Leaving Certificate Examination (including Day School Certificate (Higher) General paper), 1931
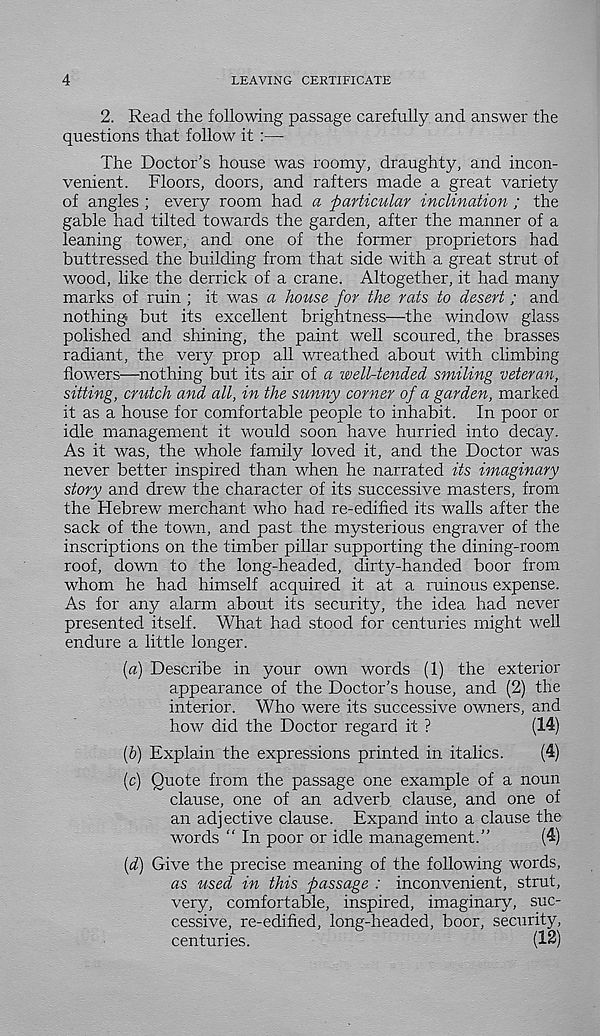
4
LEAVING CERTIFICATE
2. Read the following passage carefully and answer the
questions that follow it :—
The Doctor’s house was roomy, draughty, and incon-
venient. Floors, doors, and rafters made a great variety
of angles ; every room had a particular inclination ; the
gable had tilted towards the garden, after the manner of a
leaning tower, and one of the former proprietors had
buttressed the building from that side with a great strut of
wood, like the derrick of a crane. Altogether, it had many
marks of ruin ; it was a house for the rats to desert; and
nothing but its excellent brightness—the window glass
polished and shining, the paint well scoured, the brasses
radiant, the very prop all wreathed about with climbing
flowers—nothing but its air of a well-tended smiling veteran,
sitting, crutch and all, in the sunny corner of a garden, marked
it as a house for comfortable people to inhabit. In poor or
idle management it would soon have hurried into decay.
As it was, the whole family loved it, and the Doctor was
never better inspired than when he narrated its imaginary
story and drew the character of its successive masters, from
the Hebrew merchant who had re-edified its walls after the
sack of the town, and past the mysterious engraver of the
inscriptions on the timber pillar supporting the dining-room
roof, down to the long-headed, dirty-handed boor from
whom he had himself acquired it at a ruinous expense.
As for any alarm about its security, the idea had never
presented itself. What had stood for centuries might well
endure a little longer.
(a) Describe in your own words (1) the exterior
appearance of the Doctor’s house, and (2) the
interior. Who were its successive owners, and
how did the Doctor regard it ?
(14)
(&) Explain the expressions printed in italics.
(4)
(c) Quote from the passage one example of a noun
clause, one of an adverb clause, and one of
an adjective clause. Expand into a clause the
words “ In poor or idle management.”
(4)
[d) Give the precise meaning of the following words,
as used in this passage : inconvenient, strut,
very, comfortable, inspired, imaginary, suc-
cessive, re-edified, long-headed, boor, security,
centuries.
(12)